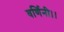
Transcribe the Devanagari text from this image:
वर्णिनी।।